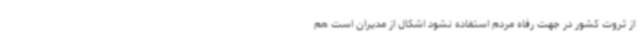
از ثروت کشور در جهت رفاه مردم استفاده نشود اشکال از مدیران است هم